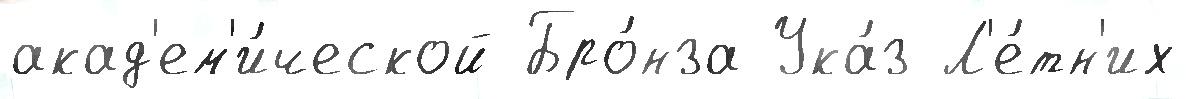
акад'ем'и́ческой Бро́нза Ука́з Л'е́тн'их